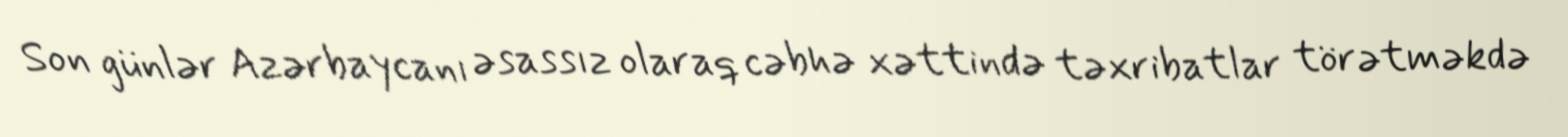
Son günlər Azərbaycanı əsassız olaraq cəbhə xəttində təxribatlar törətməkdə